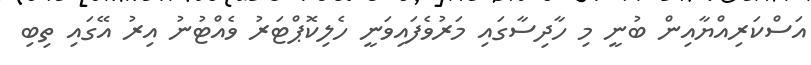
އަސްކަރިއްޔާއިން ބުނީ މި ހާދިސާގައި މަރުވެފައިވަނީ ހެލިކޮޕްޓަރު ވެއްޓުނު އިރު އޭގައި ތިބި